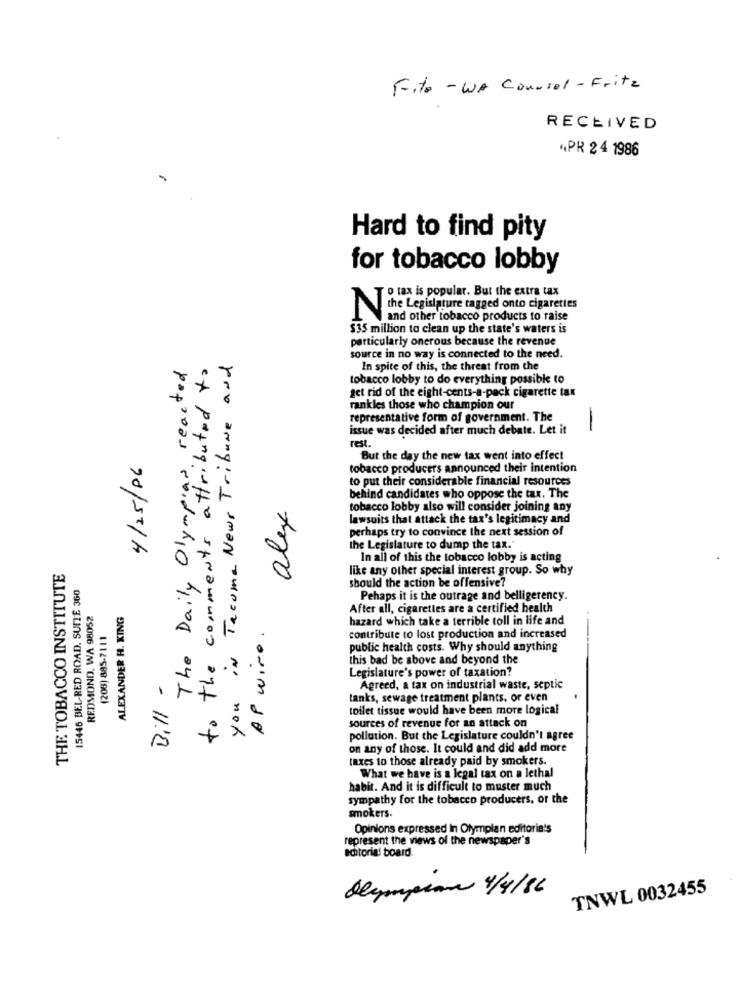
Fite - WA Counsel - Fritz
RECEIVED
APR 2 4 1986
Hard to find pity
for tobacco lobby
To tax is popular. But the extra tax
the Legislature tagged onto cigarettes
and other tobacco products to raise
$35 million to clean up the state's waters is
particularly onerous because the revenue
The Daily Olympias reacted
to the comments attributed to
you in Tacoma News Tribune and
source in no way is connected to the need.
In spite of this, the threat from the
tobacco lobby to do everything possible to
get rid of the eight-cents-a-pack cigarette tax
-
rankles those who champion our
representative form of government. The
issue was decided after much debate. Let it
rest.
4/25/06
But the day the new tax went into effect
tobacco producers announced their intention
to put their considerable financial resources
alex
behind candidates who oppose the tax. The
tobacco lobby also will consider joining any
lawsuits that attack the tax's legitimacy and
perhaps try to convince the next session of
the Legislature to dump the tax."
In all of this the tobacco lobby is acting
THE TOBACCO INSTITUTE
like any other special interest group. So why
15446 BEL-RED ROAD. SUTTE 360
should the action be offensive?
Pehaps it is the outrage and belligerency.
REDMOND, WA 98052
ALEXANDER H. KING
After all, cigarettes are a certified health
AP wire .
hazard which take a terrible toll in life and
(208) 885-7111
contribute to lost production and increased
public health costs. Why should anything
this bad be above and beyond the
Bill -
Legislature's power of taxation?
Agreed, a tax on industrial waste, septic
tanks, sewage treatment plants, or even
toilet tissue would have been more logical
sources of revenue for an attack on
pollution. But the Legislature couldn't agree
on any of those. It could and did add more
taxes to those already paid by smokers.
What we have is a legal tax on a lethal
habit. And it is difficult to muster much
sympathy for the tobacco producers, or the
smokers.
Opinions expressed In Olympian editoria's
represent the views of the newspaper's
editorial board.
Olympian 4/4/86
TNWL 0032455